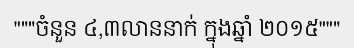
"""ចំនួន ៤,៣លាននាក់ ក្នុងឆ្នាំ ២០១៥"""